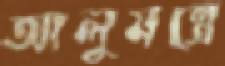
আলুমন্ত্রে